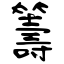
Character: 籌